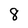
Character: 8